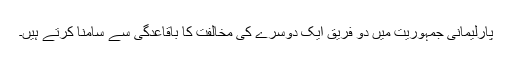
پارلیمانی جمہوریت میں دو فریق ایک دوسرے کی مخالفت کا باقاعدگی سے سامنا کرتے ہیں۔